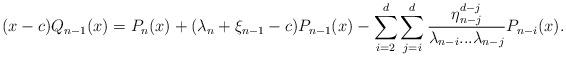
LaTeX: \begin{align*}(x-c)Q_{n-1}(x)=P_{n}(x)+(\lambda_{n}+\xi_{n-1}-c)P_{n-1}(x)-\sum_{i=2}^{d}\sum_{j=i}^{d}\frac{\eta_{n-j}^{d-j}}{\lambda_{n-i}...\lambda_{n-j}}P_{n-i}(x). \end{align*}